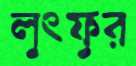
লুৎফুর